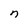
Character: n